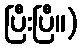
ပြီးပြီ။)